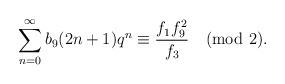
\begin{align*}\sum_{n=0}^{\infty}b_9(2n+1)q^{n}\equiv\frac{f_1f^{2}_9}{f_3}\pmod{2}.\end{align*}